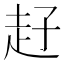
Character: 𧺙